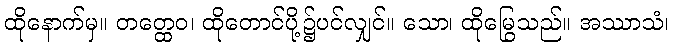
ထိုနောက်မှ။ တတ္ထေဝ၊ ထိုတောင်ပို့၌ပင်လျှင်။ သော၊ ထိုမြွေသည်။ အဿာသံ၊